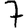
Digit: 7